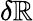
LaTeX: \delta\mathbb{R}